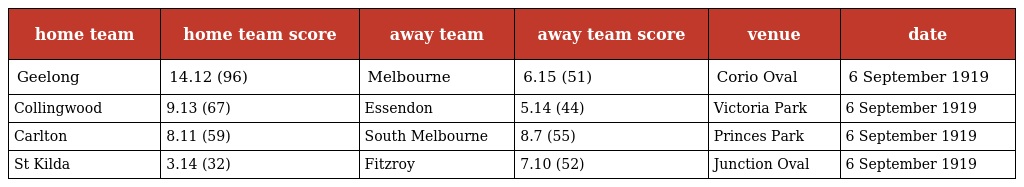
| home team | home team score | away team | away team score | venue | date |
 | --- | --- | --- | --- | --- | --- |
 | Geelong | 14.12 (96) | Melbourne | 6.15 (51) | Corio Oval | 6 September 1919 |
 | Collingwood | 9.13 (67) | Essendon | 5.14 (44) | Victoria Park | 6 September 1919 |
 | Carlton | 8.11 (59) | South Melbourne | 8.7 (55) | Princes Park | 6 September 1919 |
 | St Kilda | 3.14 (32) | Fitzroy | 7.10 (52) | Junction Oval | 6 September 1919 |